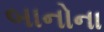
બાનોના